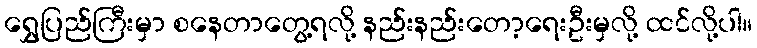
ရွှေပြည်ကြီးမှာ စနေတာတွေ့ရလို့ နည်းနည်းတော့ရေးဦးမှလို့ ထင်လို့ပါ။